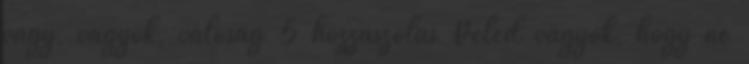
vágy, vagyok, valóság 5 hozzászólás Veled vagyok, hogy ne